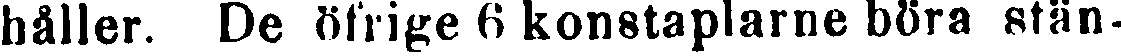
håller. De öfrige 6 konstaplarne böra stän-